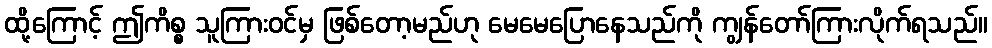
ထို့ကြောင့် ဤကိစ္စ သူကြားဝင်မှ ဖြစ်တော့မည်ဟု မေမေပြောနေသည်ကို ကျွန်တော်ကြားလိုက်ရသည်။